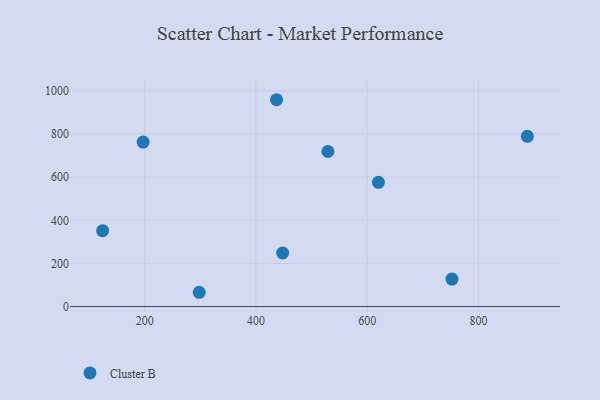
{"axis": {"x": "Speed", "y": "Salary"}, "legend": ["Cluster B"], "data": [{"x": "197.1", "y": 762.6, "type": "Cluster B"}, {"x": "752.5", "y": 127.3, "type": "Cluster B"}, {"x": "529.4", "y": 719.0, "type": "Cluster B"}, {"x": "620.2", "y": 576.3, "type": "Cluster B"}, {"x": "437.0", "y": 959.2, "type": "Cluster B"}, {"x": "124.3", "y": 351.9, "type": "Cluster B"}, {"x": "448.0", "y": 248.4, "type": "Cluster B"}, {"x": "888.1", "y": 789.6, "type": "Cluster B"}, {"x": "298.0", "y": 66.2, "type": "Cluster B"}]}